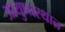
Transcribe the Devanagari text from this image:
आयुष्यस्थान